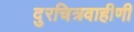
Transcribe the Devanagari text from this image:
दुरचित्रवाहीणी